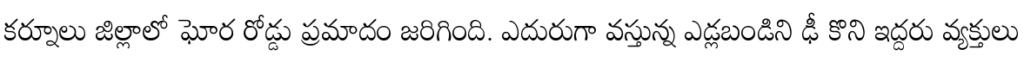
కర్నూలు జిల్లాలో ఘోర రోడ్డు ప్రమాదం జరిగింది. ఎదురుగా వస్తున్న ఎడ్లబండిని ఢీ కొని ఇద్దరు వ్యక్తులు